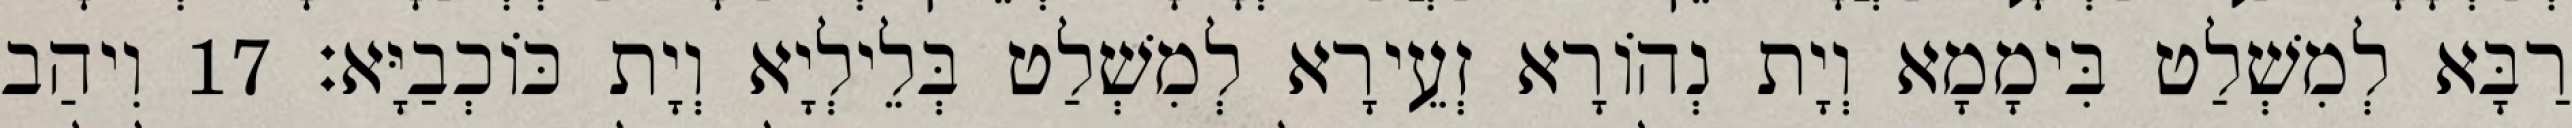
רַבָּא לְמִשְׁלַט בִּימָמָא וְיָת נְהוֹרָא זְעֵירָא לְמִשְׁלַט בְּלֵילְיָא וְיָת כּוֹכְבַיָּא׃ 17 וִיהַב